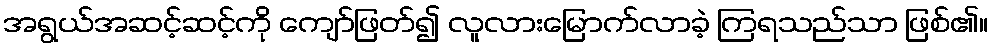
အရွယ်အဆင့်ဆင့်ကို ကျော်ဖြတ်၍ လူလားမြောက်လာခဲ့ ကြရသည်သာ ဖြစ်၏။